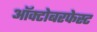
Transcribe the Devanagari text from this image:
ऑक्टोबरफेस्ट